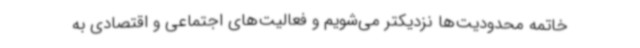
خاتمه محدودیت‌ها نزدیکتر می‌شویم و فعالیت‌های اجتماعی و اقتصادی به